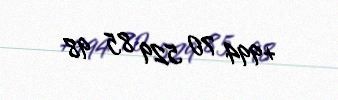
+994 70 529 85 98